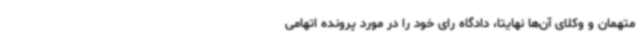
متهمان و وکلای آن‌ها نهایتا، دادگاه رای خود را در مورد پرونده اتهامی